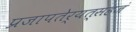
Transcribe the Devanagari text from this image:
प्रजापतेर्यत्सहजं